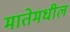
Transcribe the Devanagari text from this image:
मातेमधील